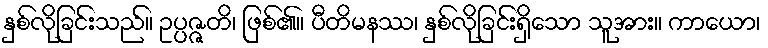
နှစ်လိုခြင်းသည်။ ဥပ္ပဇ္ဇတိ၊ ဖြစ်၏။ ပီတိမနဿ၊ နှစ်လိုခြင်းရှိသော သူအား။ ကာယော၊